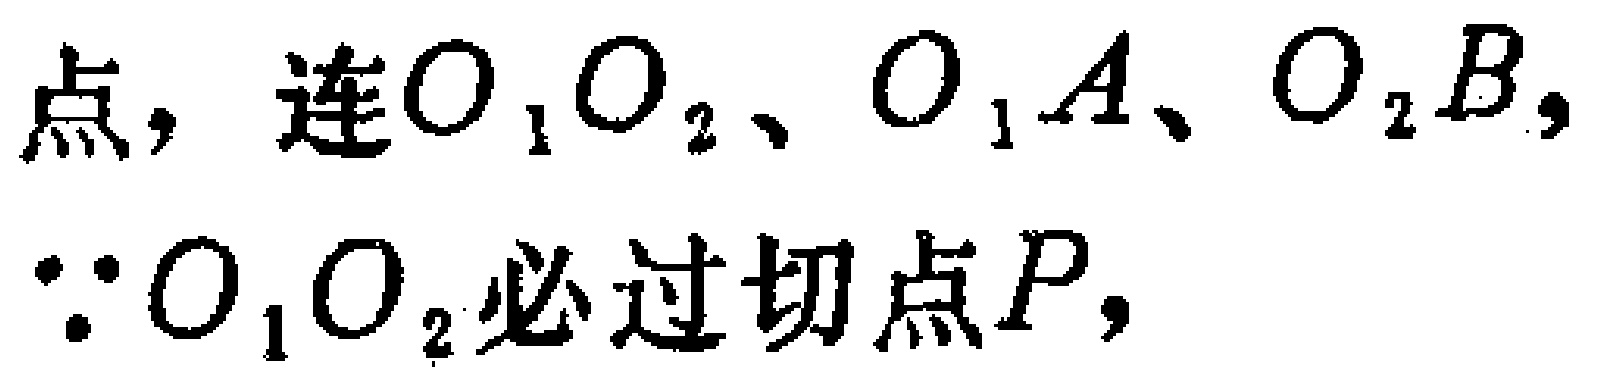
点，连$O_{1}O_{2}$、$O_{1}A$、$O_{2}B$，

$\because O_{1}O_{2}$必过切点$P$，